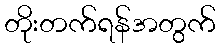
တိုးတက်ရန်အတွက်